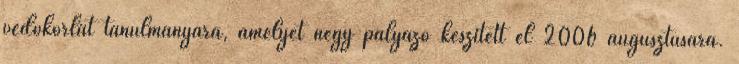
védőkorlát tanulmányára, amelyet négy pályázó készített el 2006 augusztusára.